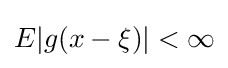
E|g(x-\xi )|<\infty